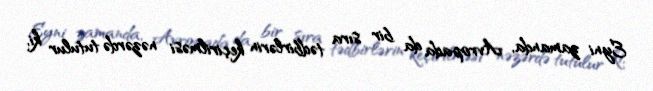
Eyni zamanda, Avropada da bir sıra tədbirlərin keçirilməsi nəzərdə tutulur ki,